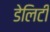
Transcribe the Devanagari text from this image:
डेलिटी